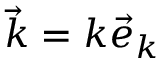
\vec { k } = k \vec { e } _ { k }